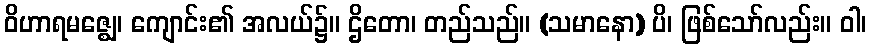
ဝိဟာရမဇ္ဈေ၊ ကျောင်း၏ အလယ်၌။ ဌိတော၊ တည်သည်။ (သမာနော) ပိ၊ ဖြစ်သော်လည်း။ ဝါ၊